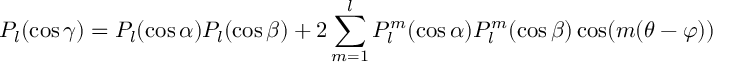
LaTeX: P _ { l } ( \cos \gamma ) = P _ { l } ( \cos \alpha ) P _ { l } ( \cos \beta ) + 2 \sum _ { m = 1 } ^ { l } P _ { l } ^ { m } ( \cos \alpha ) P _ { l } ^ { m } ( \cos \beta ) \cos ( m ( \theta - \varphi ) )